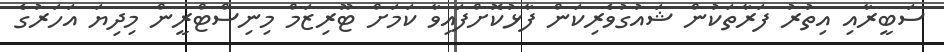
ސަބީރާއި އިތުރު ފަރާތަކުން ޝައުގުވެރިކަން ފާޅުކޮށްފައިވާ ކަމަށް ޓޫރިޒަމް މިނިސްޓްރީން މިދިޔަ އަހަރުގެ